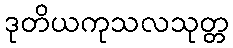
ဒုတိယကုသလသုတ္တ